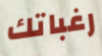
رغباتك